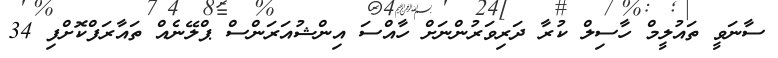
ސާނަވީ ތައުލީމް ހާސިލް ކުރާ ދަރިވަރުންނަށް ހާއްސަ އިންޝުއަރަންސް ޕްލޭނެއް ތައާރަފްކޮށްފި 34